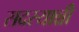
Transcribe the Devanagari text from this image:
सदस्यान्नी